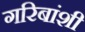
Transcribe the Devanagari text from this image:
गरिबांशी